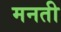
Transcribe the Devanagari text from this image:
मनती